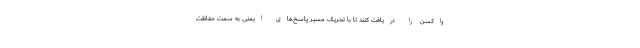
واکسن را دریافت کنند تا با تحریک مسیر پاسخ‌های ایمنی به سمت حفاظت